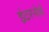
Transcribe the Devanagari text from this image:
इंटरनोर्थ